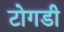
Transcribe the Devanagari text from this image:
टोगडी